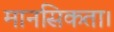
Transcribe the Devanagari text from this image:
मानसिकता।